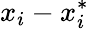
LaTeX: x_{i}-x_{i}^{*}